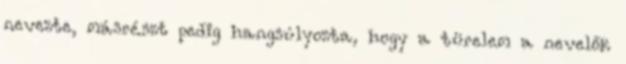
nevezte, másrészt pedig hangsúlyozta, hogy a türelem a nevelők